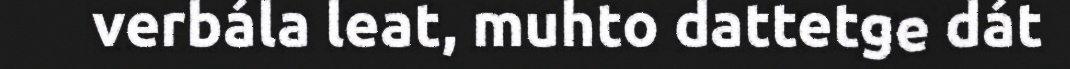
verbála leat, muhto dattetge dát